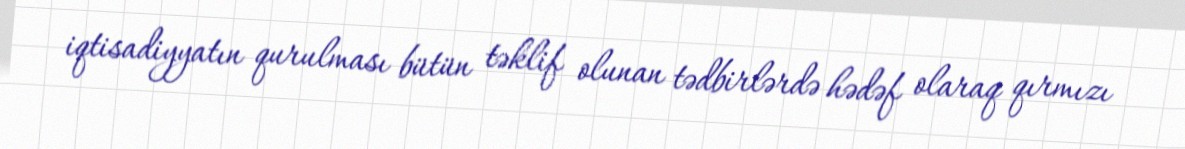
iqtisadiyyatın qurulması bütün təklif olunan tədbirlərdə hədəf olaraq qırmızı